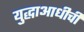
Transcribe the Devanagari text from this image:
युद्धाआधीची